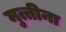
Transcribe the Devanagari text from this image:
मुत्तीना